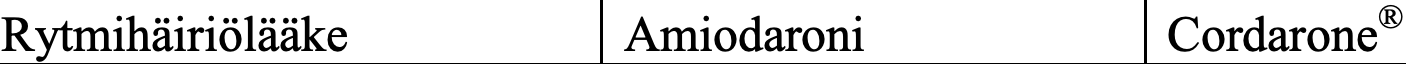
Rytmihäiriölääke    Amiodaroni        Cordarone®